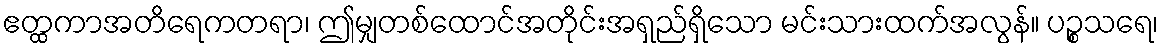
ဧတ္ထကာအတိရေကတရာ၊ ဤမျှတစ်ထောင်အတိုင်းအရှည်ရှိသော မင်းသားထက်အလွန်။ ပဉ္စသရေ၊